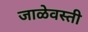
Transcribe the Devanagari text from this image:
जाळेवस्ती